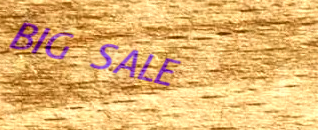
BIG SALE